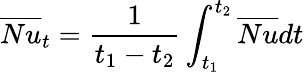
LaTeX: \overline{{Nu}}_{t}=\frac{1}{t_{1}-t_{2}}\int_{t_{1}}^{t_{2}}\overline{{Nu}}dt